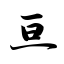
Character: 亘